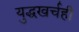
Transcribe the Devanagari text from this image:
युद्धखर्चही